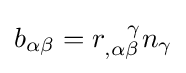
b_{\alpha \beta }=r_{,\alpha \beta }^{\ \ \,\gamma }n_{\gamma }